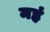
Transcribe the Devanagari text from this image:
महं